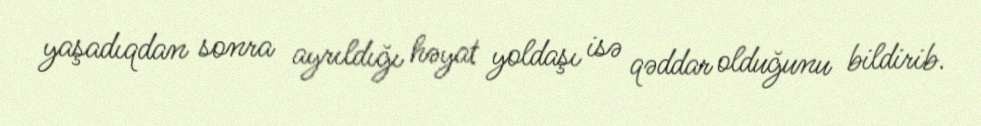
yaşadıqdan sonra ayrıldığı həyat yoldaşı isə qəddar olduğunu bildirib.